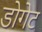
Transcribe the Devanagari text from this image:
डोगेट